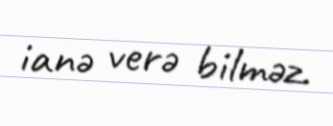
ianə verə bilməz.